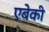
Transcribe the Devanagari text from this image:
एबेकी